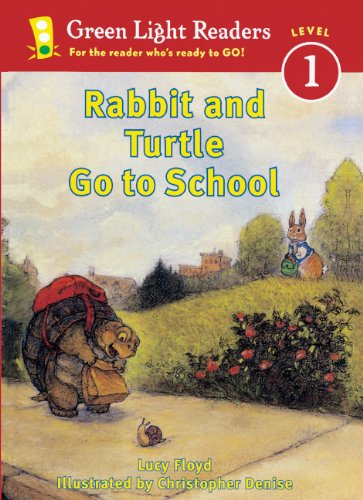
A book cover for Rabbit And Turtle Go To School (Turtleback School & Library Binding Edition) (Green Light Reader - Level 1); Lucy Floyd; Children's Books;